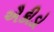
ઐકીડો